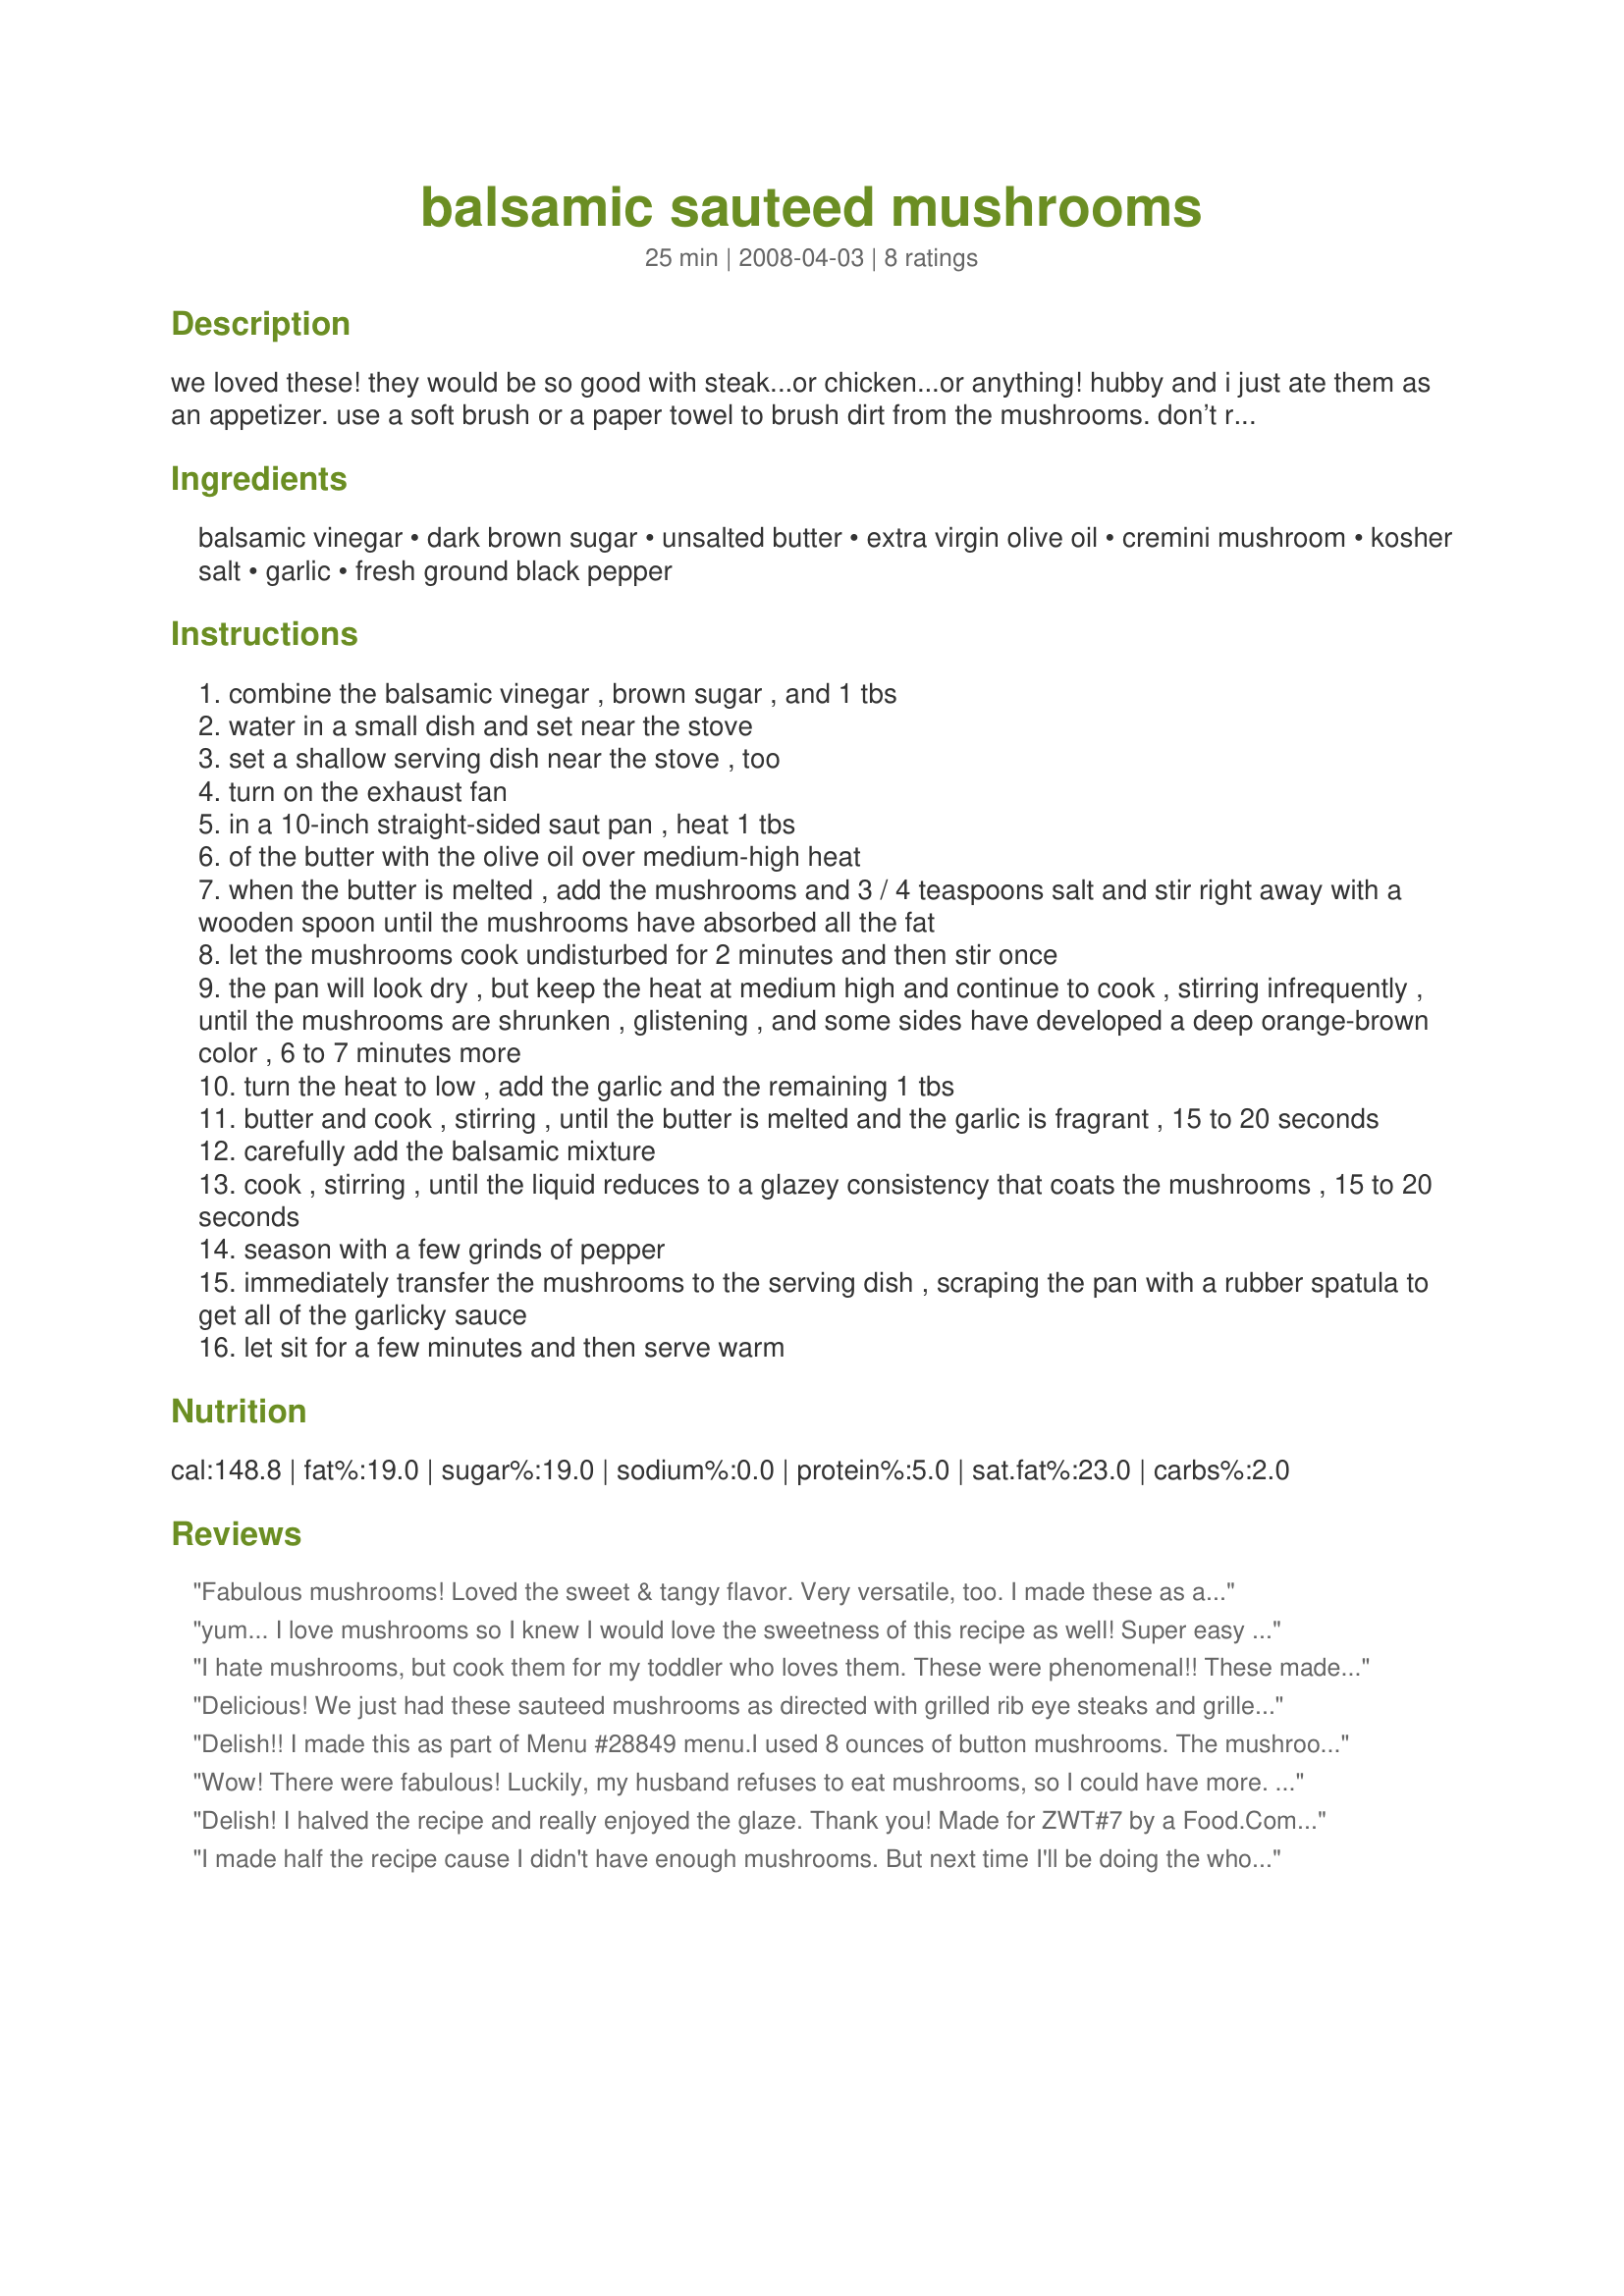
balsamic sauteed mushrooms
Preparation time: 25 minutes

we loved these! they would be so good with steak...or chicken...or anything! hubby and i just ate them as an appetizer.
use a soft brush or a paper towel to brush dirt from the mushrooms. don’t rinse—wet mushrooms won’t brown as well.
from fine cooking

Ingredients:
balsamic vinegar, dark brown sugar, unsalted butter, extra virgin olive oil, cremini mushroom, kosher salt, garlic, fresh ground black pepper

Steps:
combine the balsamic vinegar , brown sugar , and 1 tbs
water in a small dish and set near the stove
set a shallow serving dish near the stove , too
turn on the exhaust fan
in a 10-inch straight-sided saut pan , heat 1 tbs
of the butter with the olive oil over medium-high heat
when the butter is melted , add the mushrooms and 3 / 4 teaspoons salt and stir right away with a wooden spoon until the mushrooms have absorbed all the fat
let the mushrooms cook undisturbed for 2 minutes and then stir once
the pan will look dry , but keep the heat at medium high and continue to cook , stirring infrequently , until the mushrooms are shrunken , glistening , and some sides have developed a deep orange-brown color , 6 to 7 minutes more
turn the heat to low , add the garlic and the remaining 1 tbs
butter and cook , stirring , until the butter is melted and the garlic is fragrant , 15 to 20 seconds
carefully add the balsamic mixture
cook , stirring , until the liquid reduces to a glazey consistency that coats the mushrooms , 15 to 20 seconds
season with a few grinds of pepper
immediately transfer the mushrooms to the serving dish , scraping the pan with a rubber spatula to get all of the garlicky sauce
let sit for a few minutes and then serve warm

Reviews:
Fabulous mushrooms! Loved the sweet & tangy flavor. Very versatile, too. I made these as a side dish. All mushroom lovers should make these. Thanx!
yum... I love mushrooms so I knew I would love the sweetness of this recipe as well! Super easy to make and went well with Recipe #354979. Thanks for posting! Made for Saucy Senoritas Family Picks ZWT5.
I hate mushrooms, but cook them for my toddler who loves them. These were phenomenal!! These made me a mushroom lover. Thanks!!
Delicious! We just had these sauteed mushrooms as directed with grilled rib eye steaks and grilled (baked) potatoes. I have used balsamic vinegar before and had it on hand. We like the taste. I wanted to make my husband's birthday a little extra special. Wonderful sweet flavor. We used portobello mushrooms.
Delish!! I made this as part of Menu #28849 menu.I used 8 ounces of button mushrooms. The mushrooms are missing from the ingredients. I halved the medium and quartered the large one. Sauteed 1/2 an diced onion before adding the mushrooms. I skipped the brown sugar because I used fig balsamic that is sweet. I made for ZWT5.
Thanks!
Wow! There were fabulous! Luckily, my husband refuses to eat mushrooms, so I could have more. I did not change anything in this recipe.
Delish! I halved the recipe and really enjoyed the glaze. Thank you! Made for ZWT#7 by a Food.Commando diva! lol
I made half the recipe cause I didn't have enough mushrooms. But next time I'll be doing the whole recipe because the taste is amazing. So much flavor. When I asked DH earlier in the week if he would like mushrooms with balsamic, he said he likes his mushrooms only fried in butter. But tonight I decided to make this recipe. And to my surprise, and probably his, he loved this so much loll Thanks Chef PotPie for this fabulous recipe :) Made for PAC spring 2012
